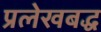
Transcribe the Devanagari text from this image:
प्रलेखबद्ध